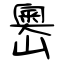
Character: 嶴